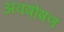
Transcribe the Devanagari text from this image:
अवषोषण